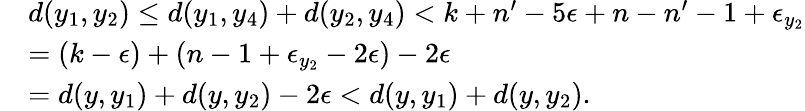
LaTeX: \begin{array}{rl}&{d(y_{1},y_{2})\leq d(y_{1},y_{4})+d(y_{2},y_{4})<k+n^{\prime}-5\epsilon+n-n^{\prime}-1+\epsilon_{y_{2}}}\\ &{=(k-\epsilon)+(n-1+\epsilon_{y_{2}}-2\epsilon)-2\epsilon}\\ &{=d(y,y_{1})+d(y,y_{2})-2\epsilon<d(y,y_{1})+d(y,y_{2}).}\end{array}